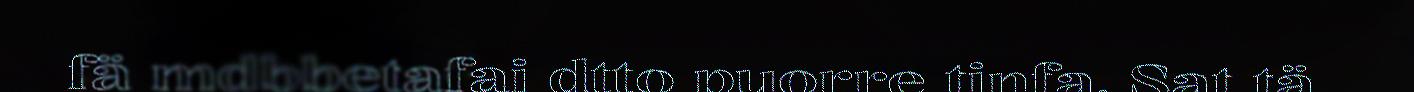
fä mdbbetafai dtto puorre tinfa. Sat tä